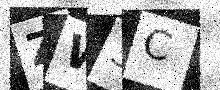
Text: ZW3C